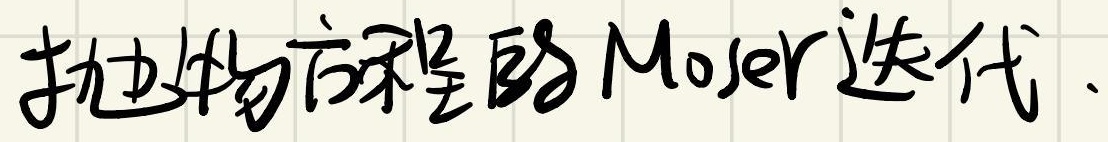
抛物方程的 Moser 迭代.